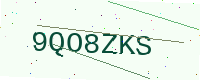
Text: 9QO8ZKS